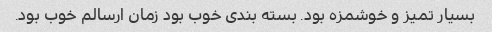
بسیار تمیز و خوشمزه بود. بسته بندی خوب بود زمان ارسالم خوب بود.